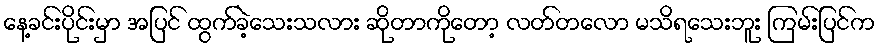
နေ့ခင်းပိုင်းမှာ အပြင် ထွက်ခဲ့သေးသလား ဆိုတာကိုတော့ လတ်တလော မသိရသေးဘူး ကြမ်းပြင်က